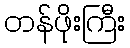
တန်ဖိုးကြီး